Leningradi_Edasi_toimetus, lk 165
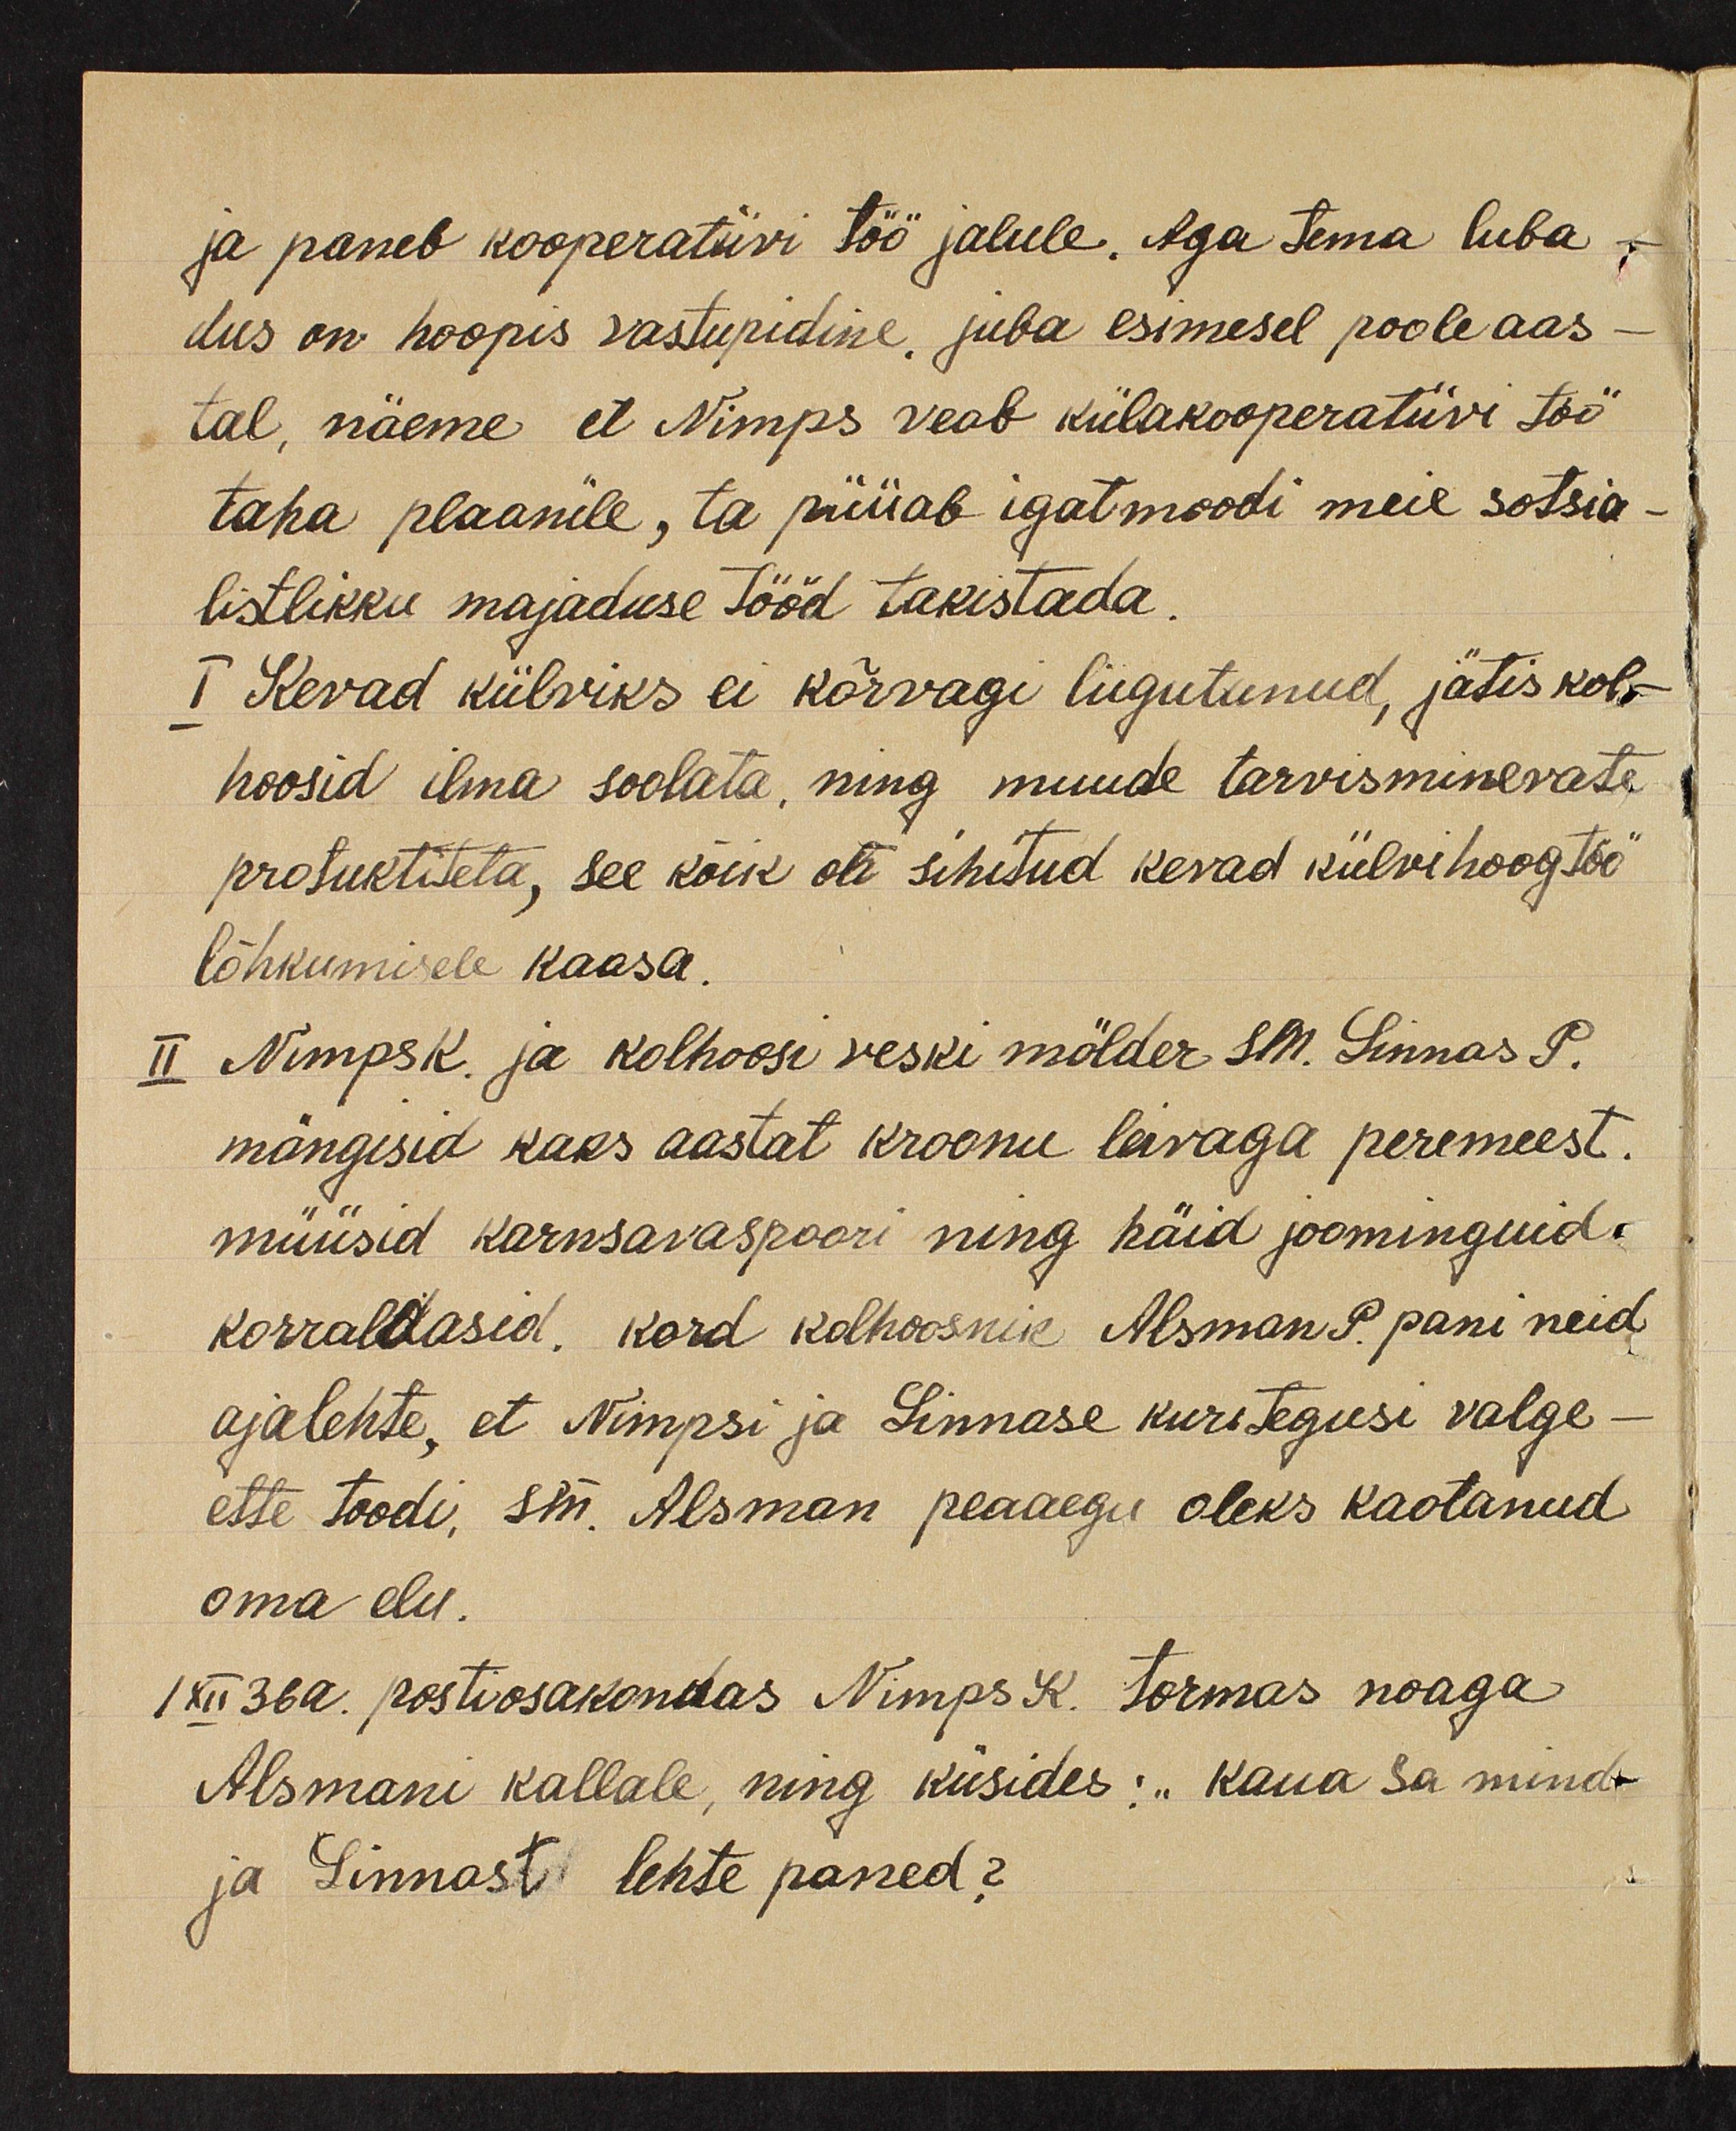
ja paneb kooperatiivi töö jalule. Aga tema luba-
dus on hoopis vastupidine. juba esimesel poole aas-
tal, näeme et Nimps veab külakooperatiivi töö
taha plaanile, ta püüab igat moodi meie sotsia-
listlikku majaduse tööd takistada.
I Kevad külviks ei kõrvagi liigutanud, jätis kol-
hoosid ilma soolata, ning muude tarvisminevate
protuktiteta, see kõik oli sihitud kevad külvihoogtöö
lõhkumisele kaasa.
II Nimps K. ja kolhoosi veski mölder sm. Linnas P.
mängisid kaks aastat kroonu leivaga peremeest.
müüsid karnsavaspoori ning häid joominguid.
korraldasid. Kord kolhoosnik Alsman P. pani neid
ajalehte, et Nimpsi ja Linnase kuriteguse valge-
ette toodi, sm. Alsman peaaegu oleks kaotanud
oma elu.
1 XII 36a. postiosakondas Nimps K. Tormas noaga
Alsmani kallale, ning küsides: „kaua sa mind.
ja Linnast lehte paned?